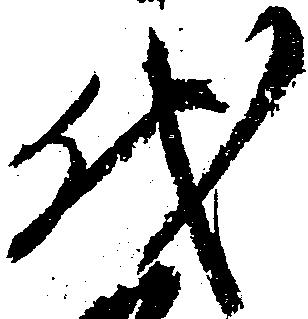
代